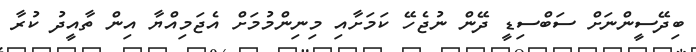
ބިދޭސީންނަށް ސަބްސިޑީ ދޭން ނުޖެހޭ ކަމަށާއި މިނިންމުމަށް އެޖަމިއްޔާ އިން ތާއީދު ކުރާ